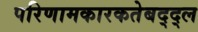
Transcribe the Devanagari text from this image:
परिणामकारकतेबद्द्ल